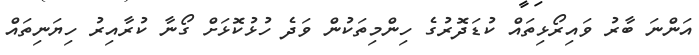
އަންނަ ބާރު ވައިރޯޅިތައް ކުޑަދޮރުގެ ހިންމިތަކުން ވަދެ ހުޅުކޮޅަށް ގޯނާ ކުރާއިރު ހިޔަނިތައް